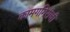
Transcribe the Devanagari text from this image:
कामगगिरीची